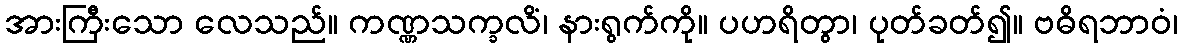
အားကြီးသော လေသည်။ ကဏ္ဏသက္ခလိံ၊ နားရွက်ကို။ ပဟရိတွာ၊ ပုတ်ခတ်၍။ ဗဓိရဘာဝံ၊